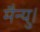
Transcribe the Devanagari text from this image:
मैन्यु।